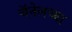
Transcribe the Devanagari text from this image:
चॅनेलच्या